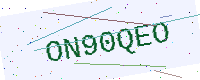
Text: ON90QEO